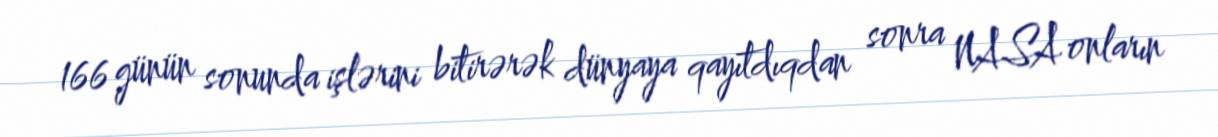
166 günün sonunda işlərini bitirərək dünyaya qayıtdıqdan sonra NASA onların